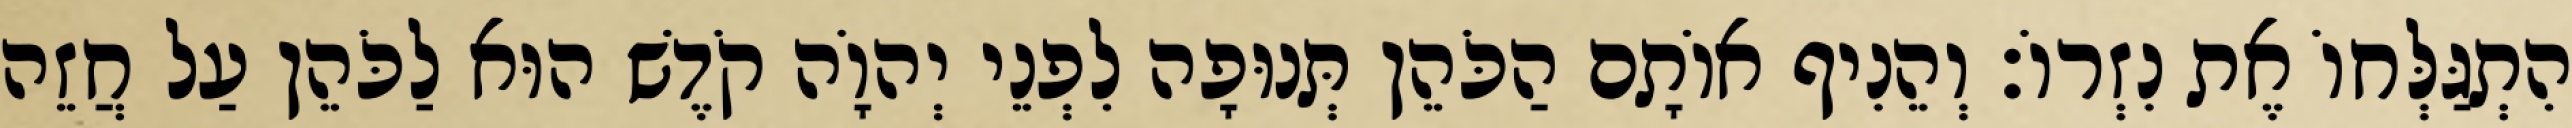
הִתְגַּלְּחוֹ אֶת נִזְרוֹ׃ וְהֵנִיף אוֹתָם הַכֹּהֵן תְּנוּפָה לִפְנֵי יְהוָֹה קֹדֶשׁ הוּא לַכֹּהֵן עַל חֲזֵה